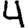
Digit: 4